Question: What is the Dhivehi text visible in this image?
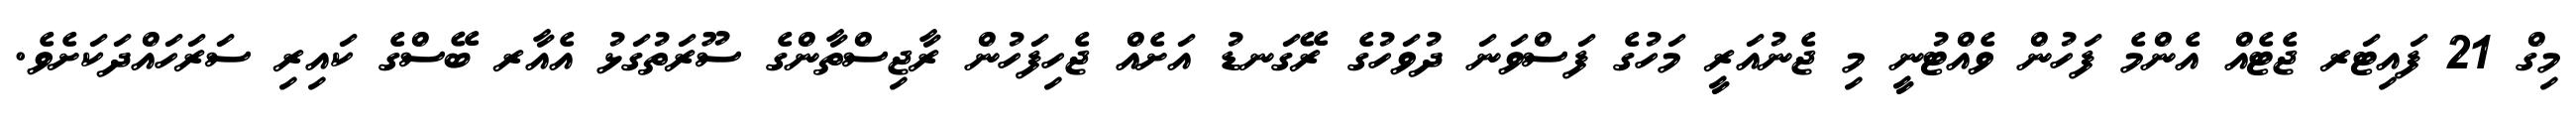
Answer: މިގް 21 ފައިޓަރ ޖެޓެއް އެންމެ ފަހުން ވެއްޓުނީ މި ޖެނުއަރީ މަހުގެ ފަސްވަނަ ދުވަހުގެ ރޭގަނޑު އަށެއް ޖެހިފަހުން ރާޖިސްތާންގެ ސޫރަތުގަޅު އެއާރ ބޭސްގެ ކައިރި ސަރަހައްދަކަށެވެ.